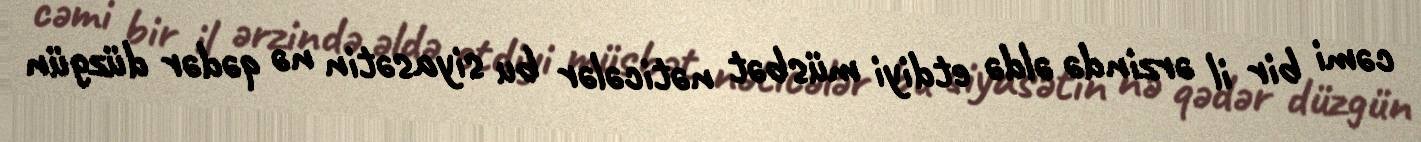
cəmi bir il ərzində əldə etdiyi müsbət nəticələr bu siyasətin nə qədər düzgün